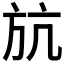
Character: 𣃚